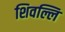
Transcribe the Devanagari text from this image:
शिवल्लि